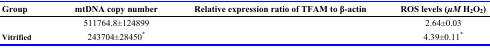
<table><thead><tr><td><b>Group</b></td><td><b>mtDNA copy number</b></td><td><b>Relative expression ratio of TFAM to β-actin</b></td><td><b>ROS levels (<i>μ</i>M H<sub>2</sub>O<sub>2</sub>)</b></td></tr></thead><tbody><tr><td>[EMPTY_CELL]</td><td>511764.8±124899</td><td>[EMPTY_CELL]</td><td>2.64±0.03</td></tr><tr><td><b>Vitrified</b></td><td>243704±28450*</td><td>[EMPTY_CELL]</td><td>4.39±0.11*</td></tr></tbody></table>